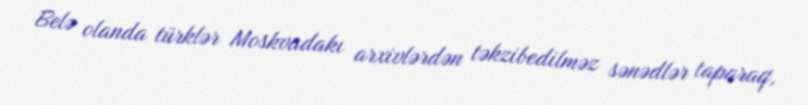
Belə olanda türklər Moskvadakı arxivlərdən təkzibedilməz sənədlər taparaq,